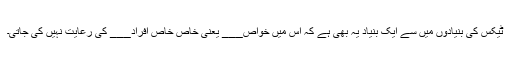
ٹیکس کی بنیادوں میں سے ایک بنیاد یہ بھی ہے کہ اس میں خواص___ یعنی خاص خاص افراد___ کی رعایت نہیں کی جاتی۔